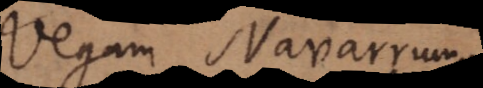
Vegam, Navarrum.